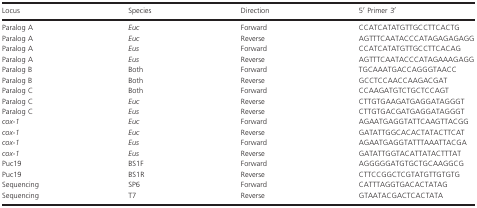
<table><thead><tr><td><b>Locus</b></td><td><b>Species</b></td><td><b>Direction</b></td><td><b>5′ Primer 3′</b></td></tr></thead><tbody><tr><td>Paralog A</td><td><i>Euc</i></td><td>Forward</td><td>CCATCATATGTTGCCTTCACTG</td></tr><tr><td>Paralog A</td><td><i>Euc</i></td><td>Reverse</td><td>AGTTTCAATACCCATAGAGAGAGG</td></tr><tr><td>Paralog A</td><td><i>Eus</i></td><td>Forward</td><td>CCATCATATGTTGCCTTCACAG</td></tr><tr><td>Paralog A</td><td><i>Eus</i></td><td>Reverse</td><td>AGTTTCAATACCCATAGAAAGAGG</td></tr><tr><td>Paralog B</td><td>Both</td><td>Forward</td><td>TGCAAATGACCAGGGTAACC</td></tr><tr><td>Paralog B</td><td>Both</td><td>Reverse</td><td>GCCTCCAACCAAGACGAT</td></tr><tr><td>Paralog C</td><td>Both</td><td>Forward</td><td>CCAAGATGTCTGCTCCAGT</td></tr><tr><td>Paralog C</td><td><i>Euc</i></td><td>Reverse</td><td>CTTGTGAAGATGAGGATAGGGT</td></tr><tr><td>Paralog C</td><td><i>Eus</i></td><td>Reverse</td><td>CTTGTGACGATGAGGATAGGGT</td></tr><tr><td><i>cox‐1</i></td><td><i>Euc</i></td><td>Forward</td><td>AGAATGAGGTATTCAAGTTACGG</td></tr><tr><td><i>cox‐1</i></td><td><i>Euc</i></td><td>Reverse</td><td>GATATTGGCACACTATACTTCAT</td></tr><tr><td><i>cox‐1</i></td><td><i>Eus</i></td><td>Forward</td><td>AGAATGAGGTATTTAAATTACGA</td></tr><tr><td><i>cox‐1</i></td><td><i>Eus</i></td><td>Reverse</td><td>GATATTGGTACATTATACTTTAT</td></tr><tr><td>Puc19</td><td>BS1F</td><td>Forward</td><td>AGGGGGATGTGCTGCAAGGCG</td></tr><tr><td>Puc19</td><td>BS1R</td><td>Reverse</td><td>CTTCCGGCTCGTATGTTGTGTG</td></tr><tr><td>Sequencing</td><td>SP6</td><td>Forward</td><td>CATTTAGGTGACACTATAG</td></tr><tr><td>Sequencing</td><td>T7</td><td>Reverse</td><td>GTAATACGACTCACTATA</td></tr></tbody></table>